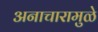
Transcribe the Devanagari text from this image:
अनाचारामुळे